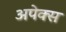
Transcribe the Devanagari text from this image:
अपेक्स